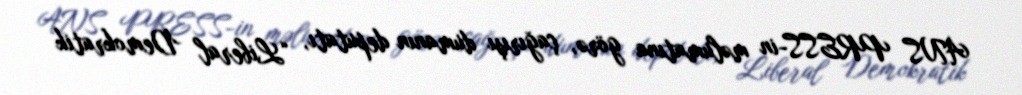
ANS PRESS-in məlumatına görə, çağırışı dumanın deputatı, “Liberal Demokratik